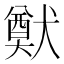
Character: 𤡽